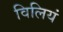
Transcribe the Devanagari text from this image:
विलियं